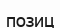
позиц